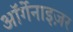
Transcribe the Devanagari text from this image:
ऑर्गेनाइज़र